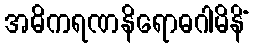
အဓိကရဏနိရောဓဂါမိနိံ